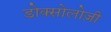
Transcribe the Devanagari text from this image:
डोक्सोलोज़ी